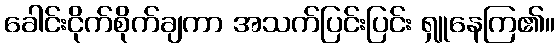
ခေါင်းငိုက်စိုက်ချကာ အသက်ပြင်းပြင်း ရှူနေကြ၏။